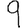
Digit: 9